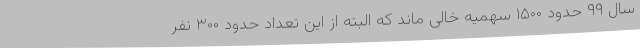
سال ۹۹ حدود ۱۵۰۰ سهمیه خالی ماند که البته از این تعداد حدود ۳۰۰ نفر